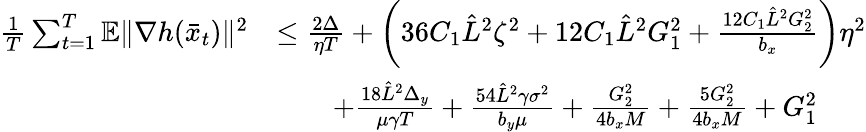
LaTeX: \begin{array}{rl}{\frac{1}{T}\sum_{t=1}^{T}\mathbb{E}\| \nabla h(\bar{x}_{t})\| ^{2}}&{\leq\frac{2\Delta}{\eta T}+\left(36C_{1}\hat{L}^{2}\zeta^{2}+12C_{1}\hat{L}^{2}G_{1}^{2}+\frac{12C_{1}\hat{L}^{2}G_{2}^{2}}{b_{x}}\right)\eta^{2}}\\ &{\qquad+\frac{18\hat{L}^{2}\Delta_{y}}{\mu\gamma T}+\frac{54\hat{L}^{2}\gamma\sigma^{2}}{b_{y}\mu}+\frac{G_{2}^{2}}{4b_{x}M}+\frac{5G_{2}^{2}}{4b_{x}M}+G_{1}^{2}}\end{array}